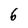
Character: 6